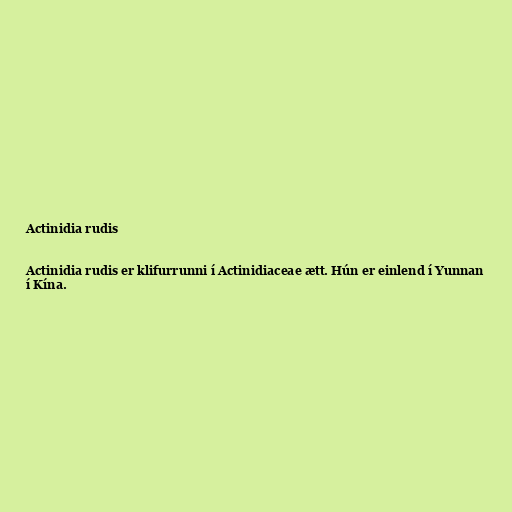
Actinidia rudis

Actinidia rudis er klifurrunni í Actinidiaceae ætt. Hún er einlend í Yunnan
í Kína.